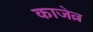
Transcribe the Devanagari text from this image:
काजेत्न